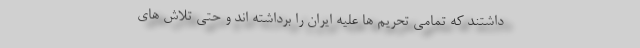
داشتند که تمامی تحریم ها علیه ایران را برداشته اند و حتی تلاش های